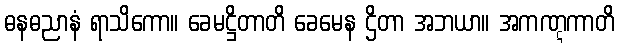
ဓနဓညာနံ ရာသိကော။ ခေမဋ္ဌိတာတိ ခေမေန ဌိတာ အဘယာ။ အကဏ္ဋကာတိ